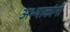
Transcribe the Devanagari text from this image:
अभ्याकांनी